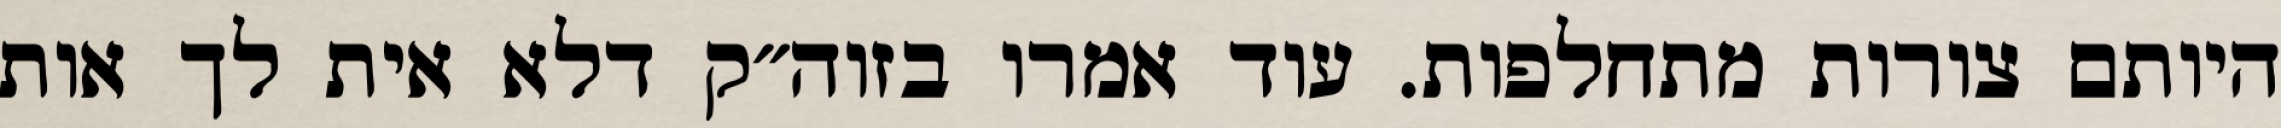
היותם צורות מתחלפות. עוד אמרו בזוה״ק דלא אית לך אות